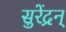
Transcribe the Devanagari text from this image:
सुरेंद्रन्